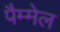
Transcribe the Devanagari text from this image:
पैम्मेल